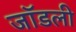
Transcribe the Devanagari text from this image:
जॉडली